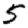
Digit: 5